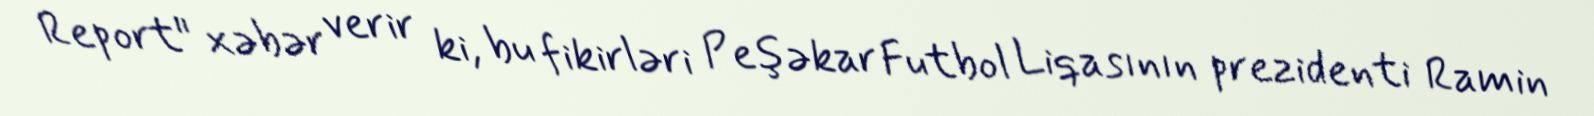
Report" xəbər verir ki, bu fikirləri Peşəkar Futbol Liqasının prezidenti Ramin